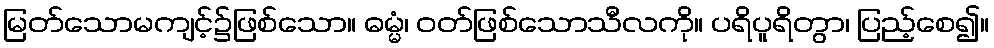
မြတ်သောမကျင့်၌ဖြစ်သော။ ဓမ္မံ၊ ဝတ်ဖြစ်သောသီလကို။ ပရိပူရိတွာ၊ ပြည့်စေ၍။